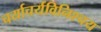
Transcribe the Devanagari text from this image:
चर्याचर्यविनिश्चय